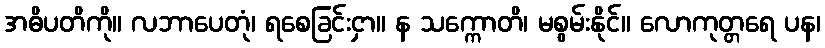
အဓိပတိကို။ လဘာပေတုံ၊ ရစေခြင်းငှာ။ န သက္ကောတိ၊ မစွမ်းနိုင်။ လောကုတ္တရေ ပန၊